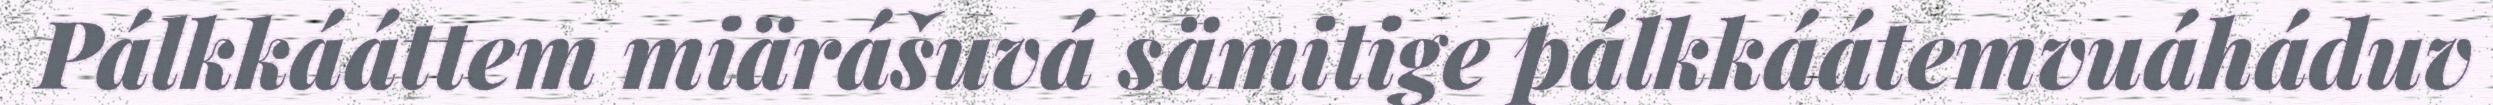
Pálkkááttem miärášuvá sämitige pálkkáátemvuáháduv